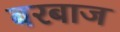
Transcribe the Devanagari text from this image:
बरबाज